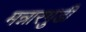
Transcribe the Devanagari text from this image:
मन्नारगुडी